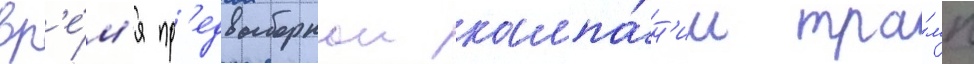
вр'е́м'я пр'едвыборнои кампа́н'ии тра́мп